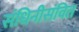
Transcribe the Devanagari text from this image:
संधिनीसंवित